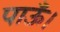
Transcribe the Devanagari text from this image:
पाऊँ।